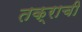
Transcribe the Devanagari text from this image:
तक्राची